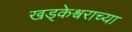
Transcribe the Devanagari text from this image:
खड्केश्वराच्या